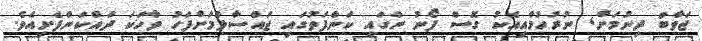
ޖަވާބު ދިނުމަށް